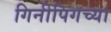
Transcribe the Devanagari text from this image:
गिनीपिगच्या